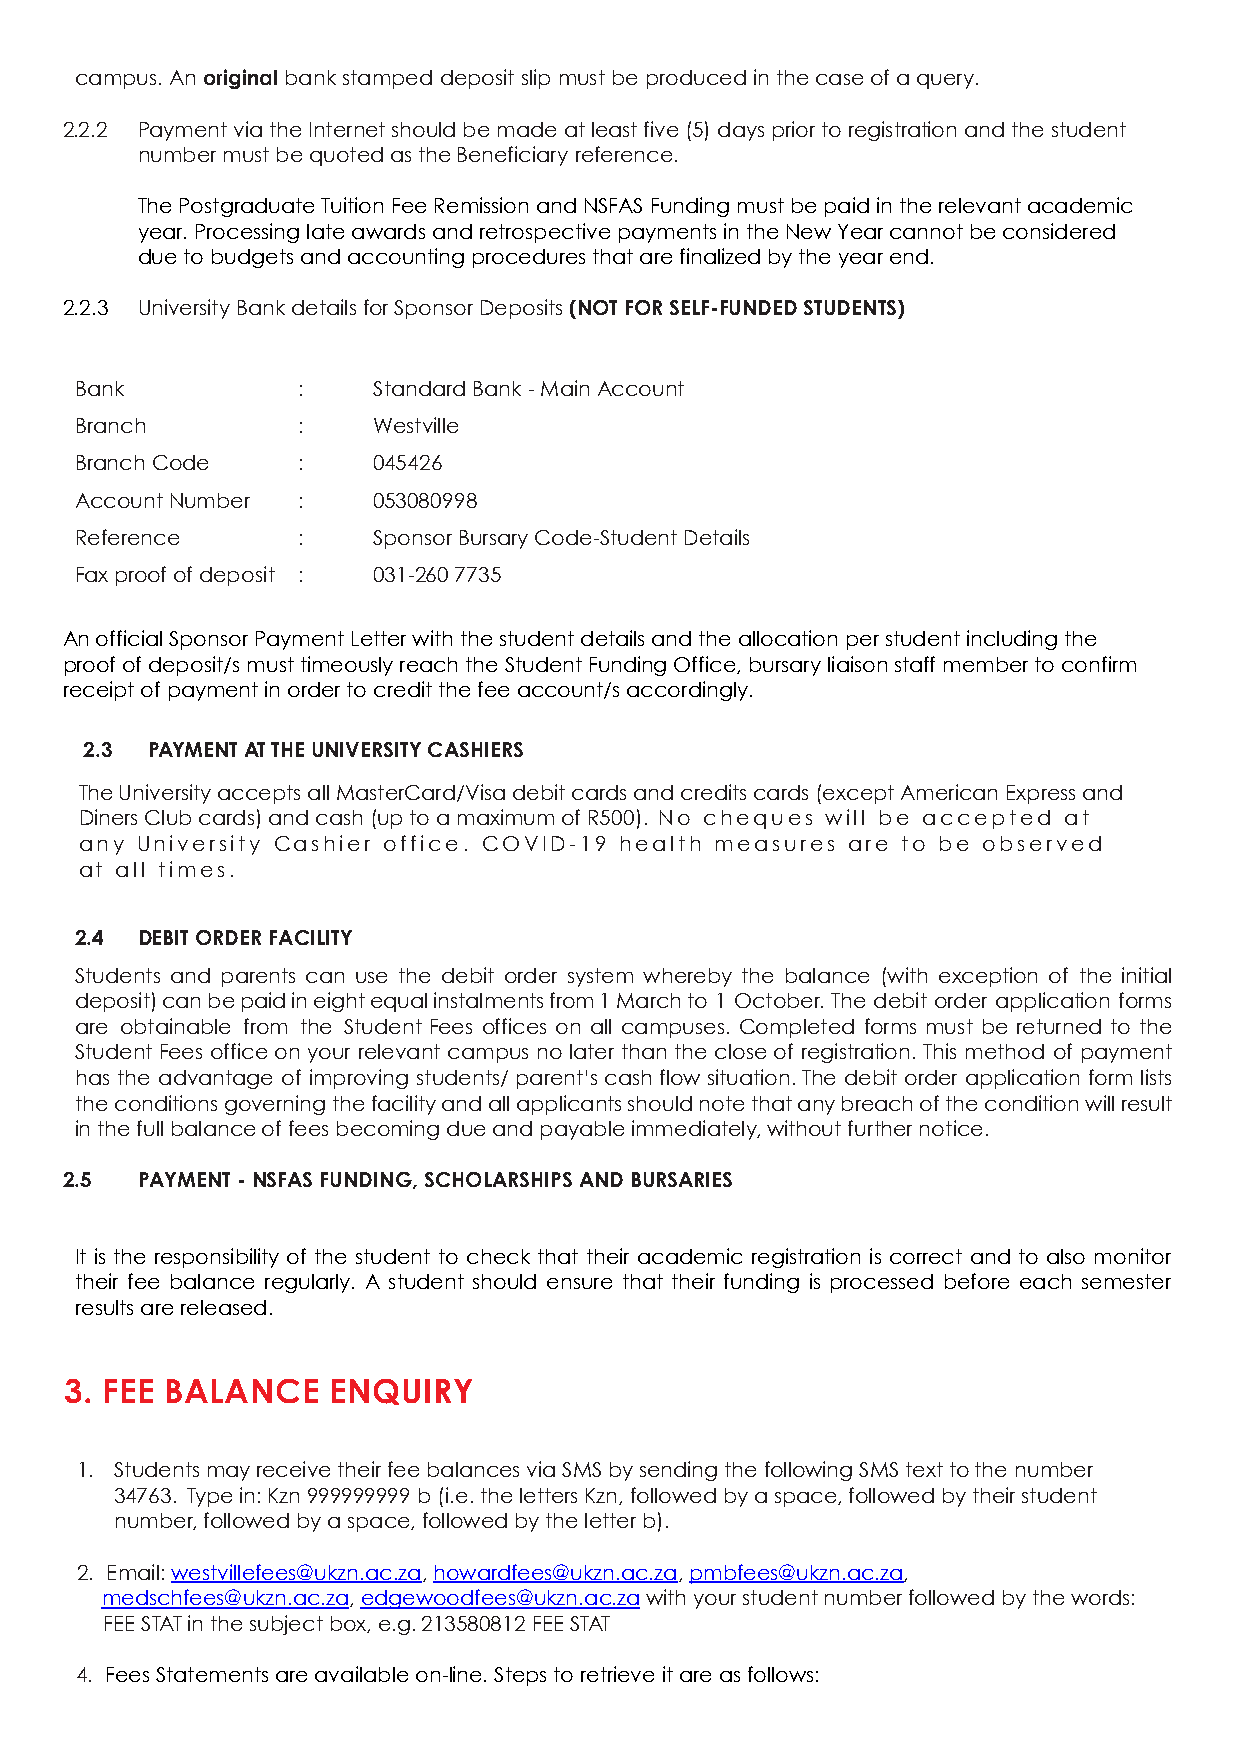
campus. An original bank stamped deposit slip must be produced in the case of a query.
 2.2.2 Payment via the Internet should be made at least five (5) days prior to registration and the student
 number must be quoted as the Beneficiary reference.
 The Postgraduate Tuition Fee Remission and NSFAS Funding must be paid in the relevant academic
 year. Processing late awards and retrospective payments in the New Year cannot be considered
 due to budgets and accounting procedures that are finalized by the year end.
 2.2.3 University Bank details for Sponsor Deposits (NOT FOR SELF-FUNDED STUDENTS)
 Bank           :    Standard Bank - Main Account
 Branch         :    Westville
 Branch Code    :    045426
 Account Number :    053080998
 Reference      :    Sponsor Bursary Code-Student Details
 Fax proof of deposit : 031-260 7735
 An official Sponsor Payment Letter with the student details and the allocation per student including the
 proof of deposit/s must timeously reach the Student Funding Office, bursary liaison staff member to confirm
 receipt of payment in order to credit the fee account/s accordingly.
 2.3 PAYMENT AT THE UNIVERSITY CASHIERS
 The University accepts all MasterCard/Visa debit cards and credits cards (except American Express and
 Diners Club cards) and cash (up to a maximum of R500). No cheques will be accepted at
 any University Cashier office. COVID-19 health measures are to be observed
 at all times.
 2.4 DEBIT ORDER FACILITY
 Students and parents can use the debit order system whereby the balance (with exception of the initial
 deposit) can be paid in eight equal instalments from 1 March to 1 October. The debit order application forms
 are obtainable from the Student Fees offices on all campuses. Completed forms must be returned to the
 Student Fees office on your relevant campus no later than the close of registration. This method of payment
 has the advantage of improving students/ parent’s cash flow situation. The debit order application form lists
 the conditions governing the facility and all applicants should note that any breach of the condition will result
 in the full balance of fees becoming due and payable immediately, without further notice.
 2.5  PAYMENT - NSFAS FUNDING, SCHOLARSHIPS AND BURSARIES
 It is the responsibility of the student to check that their academic registration is correct and to also monitor
 their fee balance regularly. A student should ensure that their funding is processed before each semester
 results are released.
 3. FEE BALANCE    ENQUIRY
 1. Students may receive their fee balances via SMS by sending the following SMS text to the number
 34763. Type in: Kzn 999999999 b (i.e. the letters Kzn, followed by a space, followed by their student
 number, followed by a space, followed by the letter b).
 2. Email: westvillefees@ukzn.ac.za, howardfees@ukzn.ac.za, pmbfees@ukzn.ac.za,
 medschfees@ukzn.ac.za, edgewoodfees@ukzn.ac.za with your student number followed by the words:
 FEE STAT in the subject box, e.g. 213580812 FEE STAT
 4. Fees Statements are available on-line. Steps to retrieve it are as follows: